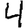
Digit: 4